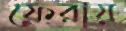
ফেরায়